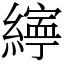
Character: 𦅜